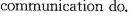
communication do.